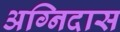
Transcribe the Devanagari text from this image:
अग्निदास